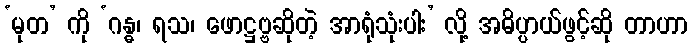
‘မုတ’ ကို ‘ဂန္ဓ၊ ရသ၊ ဖောဋ္ဌဗ္ဗဆိုတဲ့ အာရုံသုံးပါး’ လို့ အဓိပ္ပာယ်ဖွင့်ဆို တာဟာ